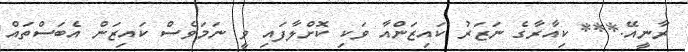
ރާނީއޭ.*** ކިއާރާގެ ނަޒަރު ކައިޒަންއާ ވަކި ކޮށްލާފައި ވީ ނަމަވެސް ކައިޒަން އެބަސްތައް